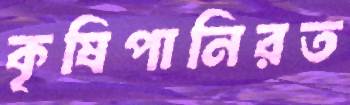
কৃষিপানিরত